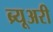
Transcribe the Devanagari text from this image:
ब्र्यूअरी